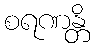
စရဏန္တိ